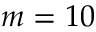
m = 1 0